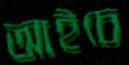
আইচে